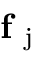
\mathbf { f } _ { \mathrm { ~ j ~ } }